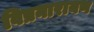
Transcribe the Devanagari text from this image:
विप्रनारायण